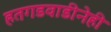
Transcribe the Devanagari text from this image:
हतगडवाडीनेही